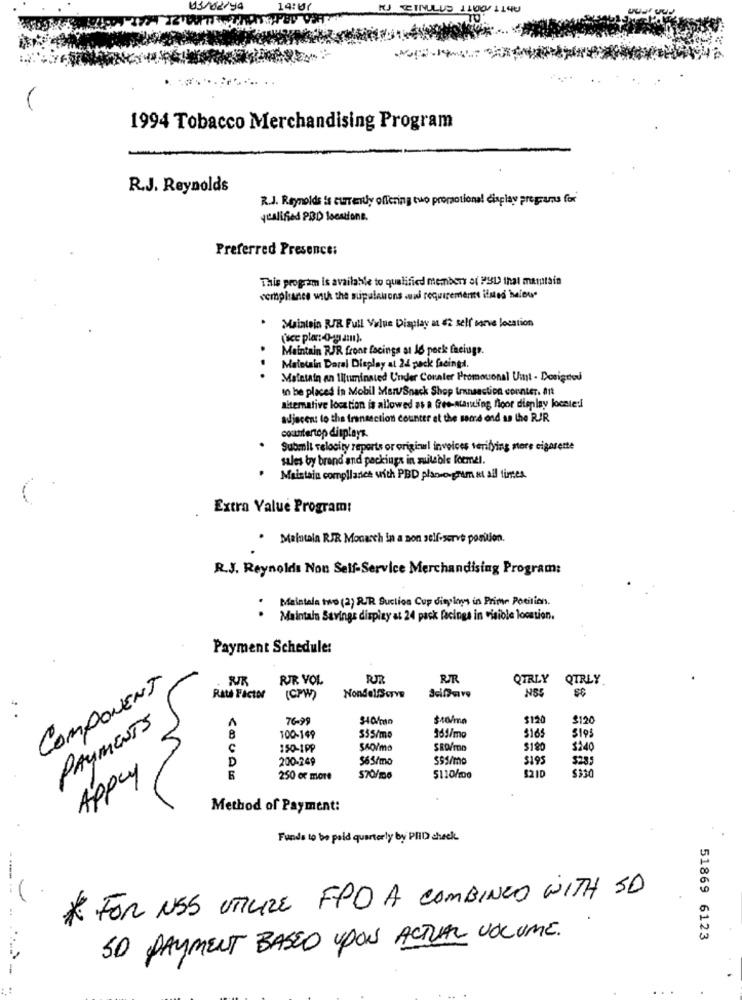
14:
KUJTETINULUS 1100/ 1140
1994 Tobacco Merchandising Program
R.J. Reynolds
R.J. Reynolds is currently offering tuo promotional display programs for
qualified PBD locations.
Preferred Presence:
This program is available to qualified members a( PSL) thal marplain
compliance with the supulations www requirements ilsted below"
.
Maintain RUE Full Value Display as 42 self serve location
Maintain RJR front facings at 16 pock facings.
Maletain Doral Display at 24 pack facingd.
. .
Maintain an Illuminated Under Counter Promocional Uit - Designed
In be placed in Mobil MartSnack Shop transaction counter. Att
aiterative location is allowed as a Gres-ataruling noor display locale !!
adjacent to the fransection counter at the same ond as the RIR
countertop displays.
Submit velocity reports or original invoices verifying store cigarette
sales by brand and packings in muileble foemel.
Maistain compliance with PBD plano gram at all tintes.
Extra Value Program!
.
Maintala RIR Monarch in a non self-serve position.
R.J. Reynolds Non Self-Service Merchandising Program:
Maintala two (2) RJR. Suction Cup dity loys in Prime Petition.
.
Maintain Savings dispizy at 24 pack facings in visible location.
Payment Schedule:
RIR YOL
RR
QTRLY
QTRLY
COMPONENT
NS5
Rats Factor
(CPW)
Nondel/Scrys
76-99
$co/ma
$120
$120
PAYMENTS
$165
SIos
100-149
555/mo
150-1PP
SRO/mo
$180
$240
D
200-249
$65/mo
$195
52 ID
Apply
250 or more
570/mo
5110/100
Method of Payment:
Funds to be paid quarterly by PID check.
* FOR USS UTILIZE FPD A COMBINED WITH SD
SO PAYMENT BASED UPON ACTUAL VOLUME.
51869 6123